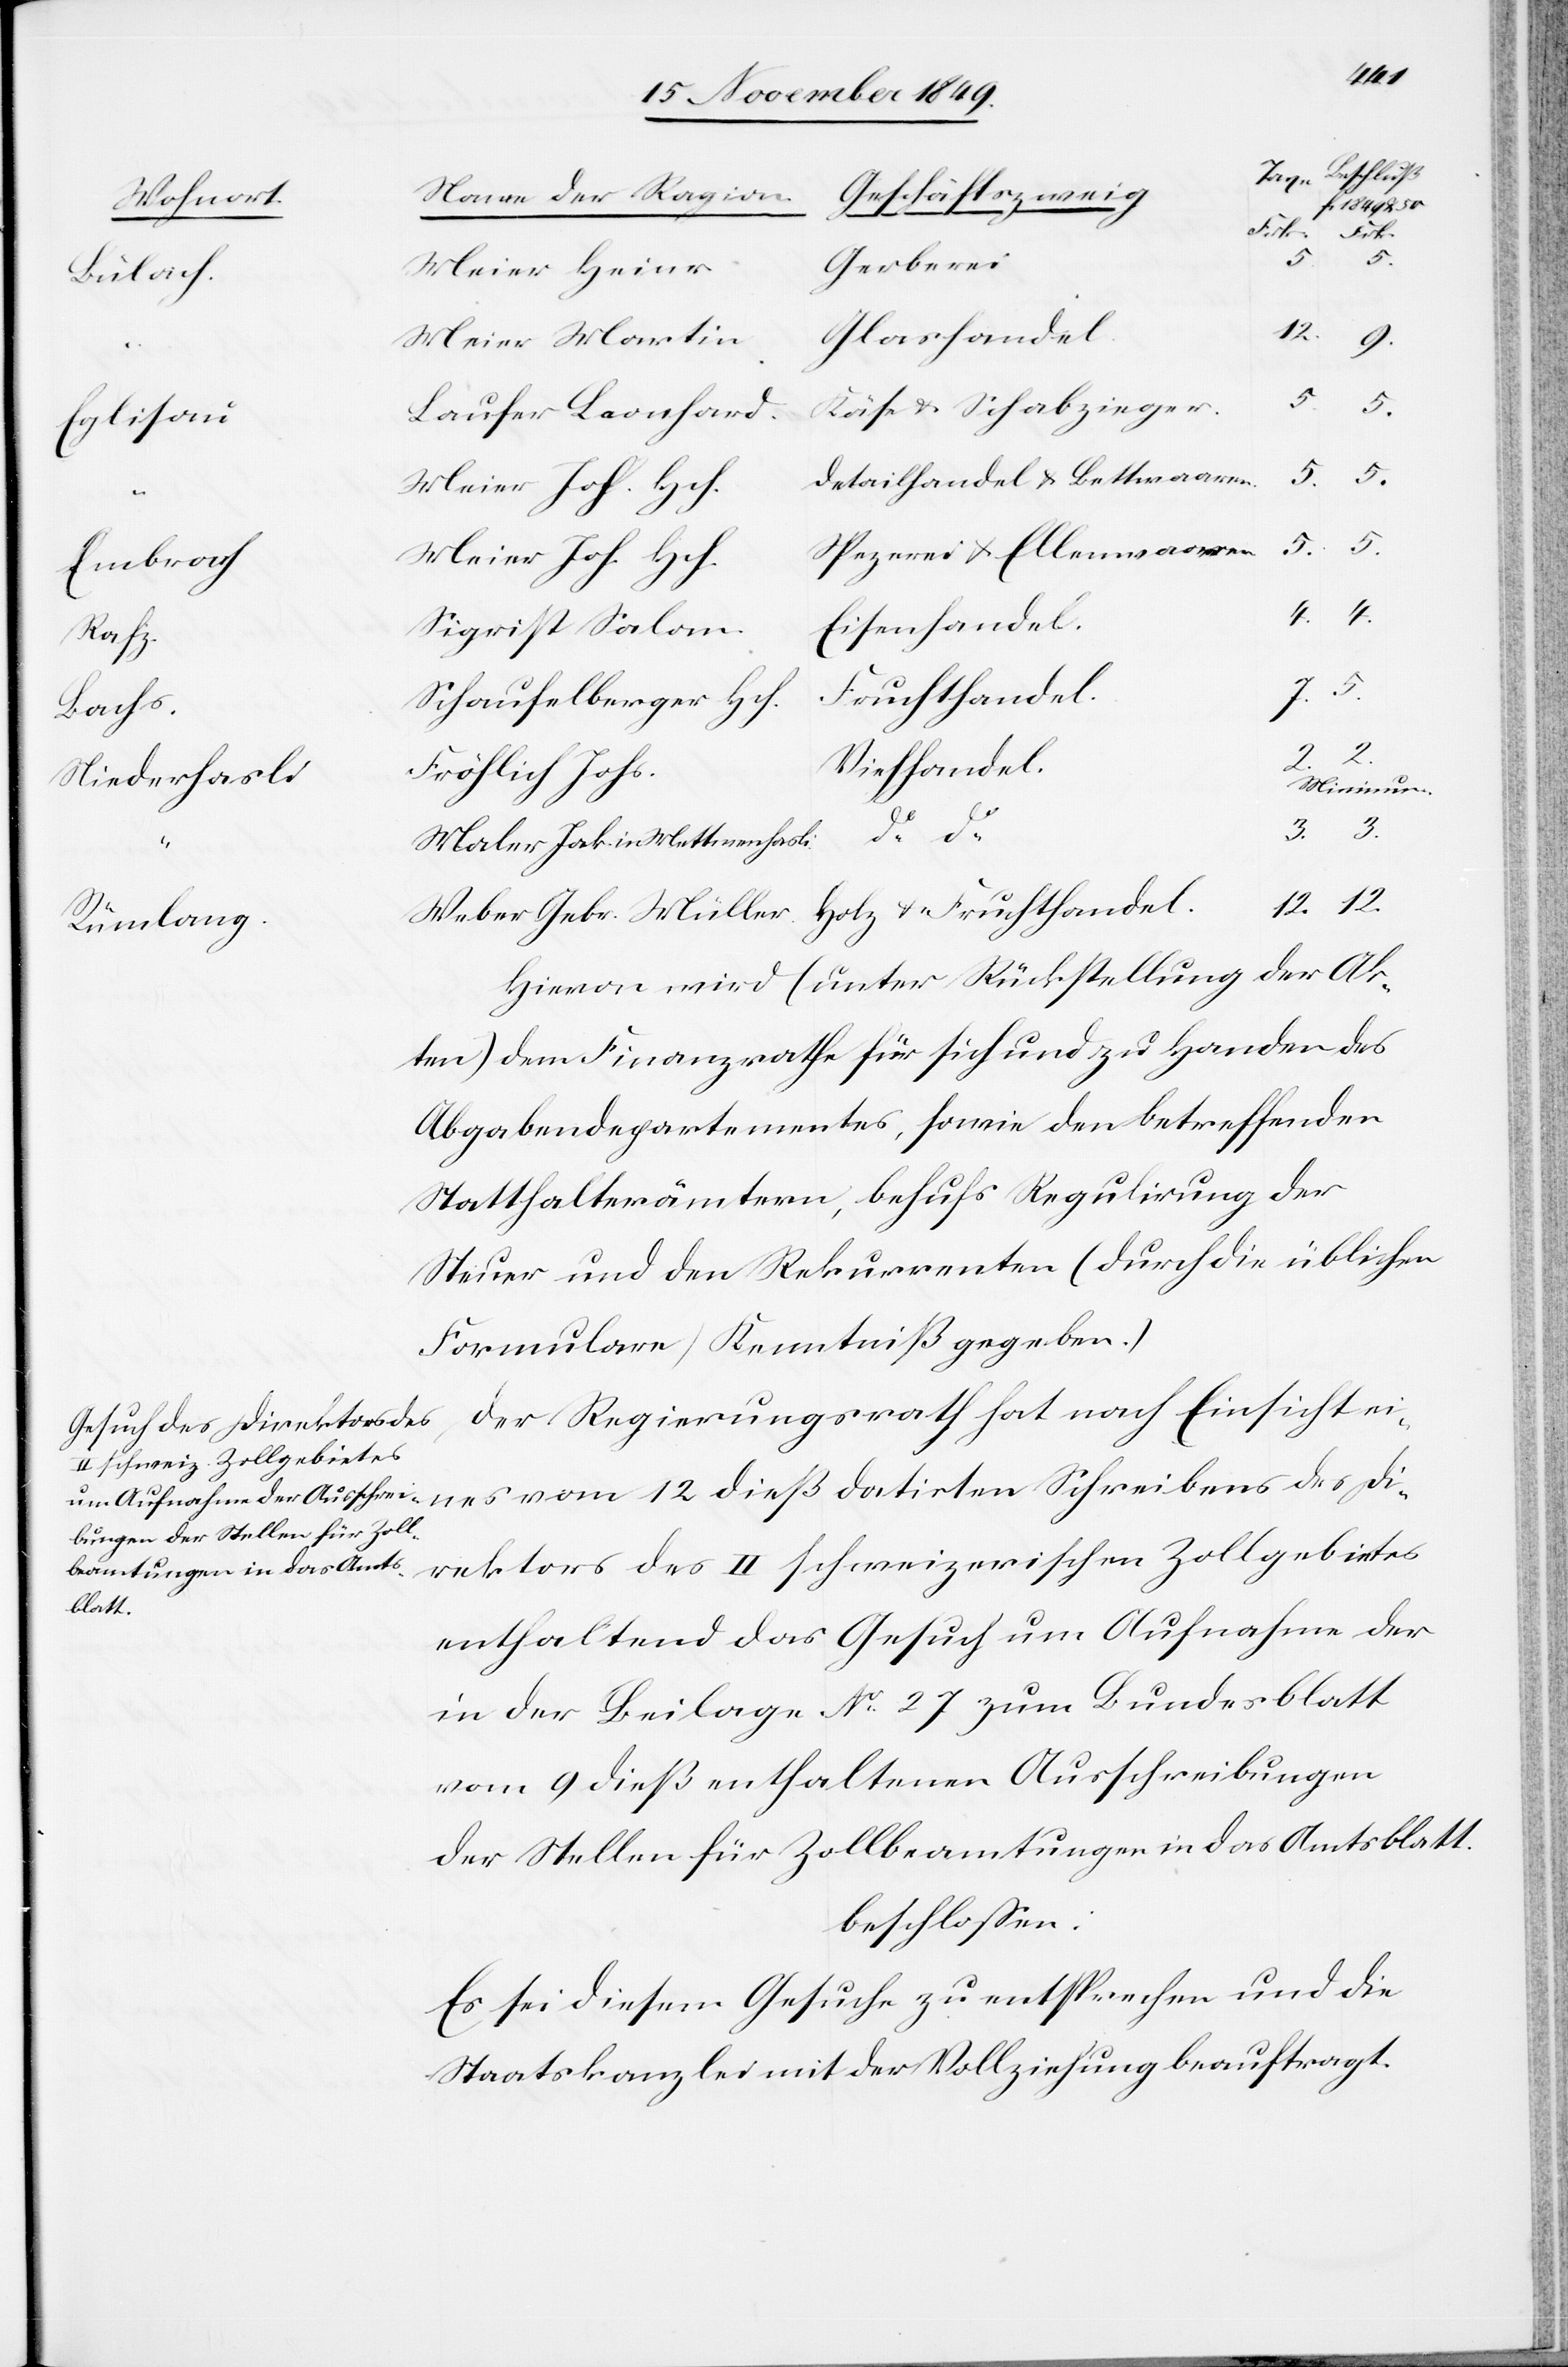
4.
Beschluß
Name der Ragion
Geschäftszweig
Wohnort
Gerberei
Meier Heinr.
Bülach.
Glashandel
Meier Martin.
Käse- u. Schabzieger.
Laufer Leonhard.
Eglisau
Detailhandel- u. Bettwaaren.
Spezerei u. Ellenwaaren.
Meier Joh. Hch.
Embrach
Eisenhandel.
Sigrist Salom.
Rafz.
12.
Fruchthandel.
Schaufelberger Hch.
Bachs.
3.
Viehhandel.
Fröhlich Johs.
Niederhasli
Minimum
Gebr.
Maler Jak. in Mettmenhasli.
Hievon wird (unter Rückstellung der Ak¬
ten) dem Finanzrathe für sich und zu Handen des
Abgabendepartementes, sowie den betreffenden
Statthalterämtern, behufs Regulirung der
Steuer und den Rekurrenten (durch die üblichen
Formulare) Kenntniß gegeben.)
Der Regierungsrath hat nach Einsicht ei¬
nes vom 12 dieß datirten Schreibens des Di¬
rektors des II schweizerischen Zollgebietes
enthaltend das Gesuch um Aufnahme der
in der Beilage N° 27 zum Bundesblatt
vom 9 dieß enthaltenen Ausschreibungen
der Stellen für Zollbeamtungen in das Amtsblatt.
beschloßen:
Es sei diesem Gesuche zu entsprechen und die
Staatskanzlei mit der Vollziehung beauftragt.